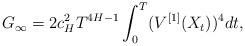
LaTeX: \begin{align*} G_\infty =2 c_H^2 T ^{4H-1}\int^T_0 (V^{[1]}(X_{t}))^4 dt, \end{align*}